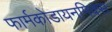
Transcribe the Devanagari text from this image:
फार्मकोडायनमिक्स